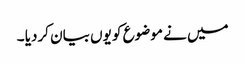
میں نے موضوع کو یوں بیان کردیا ۔